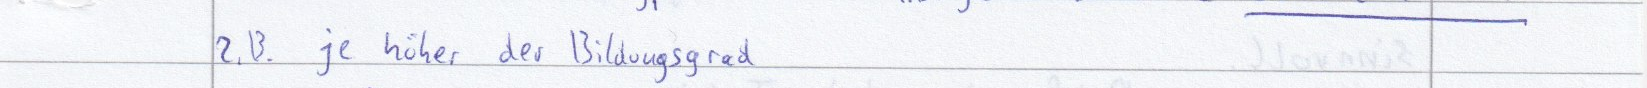
z.B je höher der Bildungsgrad